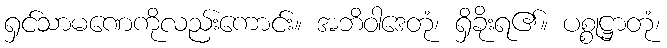
ရှင်သာမဏေကိုလည်းကောင်း။ အဘိဝါဒေတုံ၊ ရှိခိုးရ၏။ ပစ္စုဋ္ဌာတုံ၊